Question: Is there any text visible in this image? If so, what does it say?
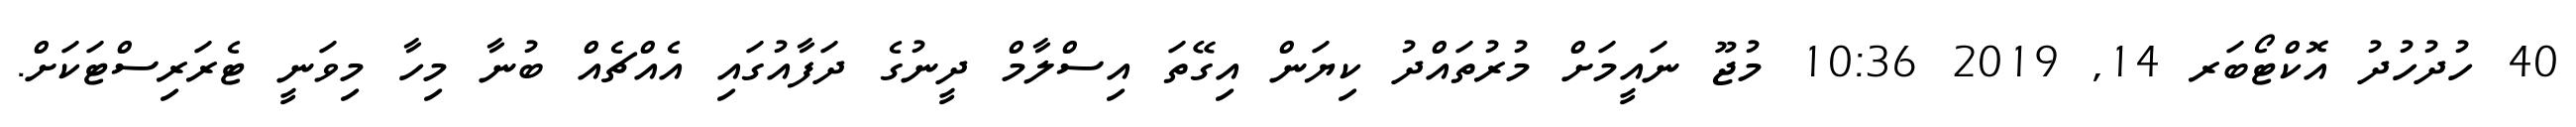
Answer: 40 ހުދުހުދު އޮކްޓޯބަރ 14, 2019 10:36 މުޖޫ ނައީމަށް މުރުތައްދު ކިޔަން އިގޭތަ އިސްލާމް ދީނުގެ ދަފާއުގައި އެއްޗެއް ބުނާ މިހާ މިވަނީ ޓެރަރިސްޓަކަށް.